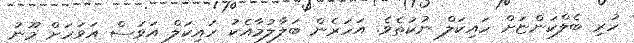
ހުރި ބެލްކަންޏަށް ހައިކަލް ނުކުތެވެ. އަހަރެން ބަލާލުމާއެކު ހައިކަލް އަވަސް އަވަހަށް މޫނު